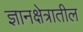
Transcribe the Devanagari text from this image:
ज्ञानक्षेत्रातील